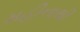
મહીનાથી